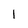
Character: 1